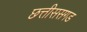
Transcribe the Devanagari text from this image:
छत्तीससगड